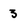
Character: 3